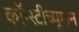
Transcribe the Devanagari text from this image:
कॉन्स्टीच्यूशन